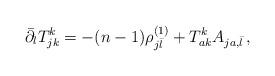
LaTeX: \begin{align*} \bar\partial_l T^{k}_{jk} = -(n-1)\rho^{(1)}_{j\bar l} + T^k_{ak}A_{ja, \bar l} \, , \end{align*}